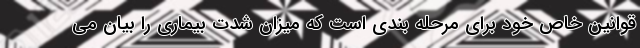
قوانین خاص خود برای مرحله بندی است که میزان شدت بیماری را بیان می